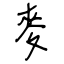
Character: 麥